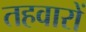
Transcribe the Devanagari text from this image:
तहवारों